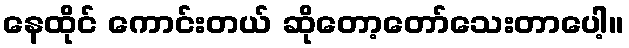
နေထိုင် ကောင်းတယ် ဆိုတော့တော်သေးတာပေါ့။